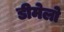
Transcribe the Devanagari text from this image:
डीमेलो